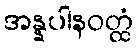
အန္နပါနဝတ္ထံ